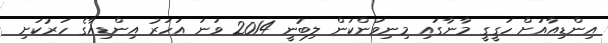
އިންޑިއާއަށް ހަގީގީ މާނާގައި މިނިވަންކަން ލިބުނީ 2014 ވަނަ އަހަރު އިންޑިއާގެ ހަރުކަށި